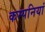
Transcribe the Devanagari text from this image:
कम्‍पनियां